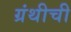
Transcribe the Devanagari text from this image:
ग्रंथीची